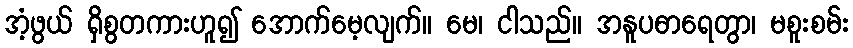
အံ့ဖွယ် ရှိစွတကားဟူ၍ အောက်မေ့လျက်။ မေ၊ ငါသည်။ အနူပဓာရေတွာ၊ မစူးစမ်း